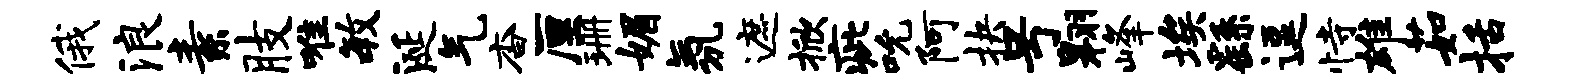
俄浪素肢唯毓涎气杳厘珊媚氛遮掀疵吮阿抉号翱峰埃繇逗恃雄茹括